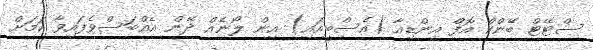
ސްޓޭޓް ބޭންކް އޮފް އިންޑިއާ (އެސްބީއައި) އިން ލޯނެއް ދޭން އެއްބަސްވެފައިވާ ކަމަށް